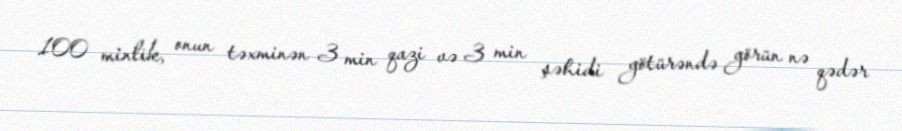
100 minlik, onun təxminən 3 min qazi və 3 min şəhidi götürəndə görün nə qədər